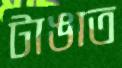
টাঙাত